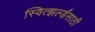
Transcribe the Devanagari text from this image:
स्वित्झर्ल्डंसाठी